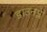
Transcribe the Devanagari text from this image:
डाउनप्ले